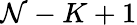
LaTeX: \mathcal{N}-K+1